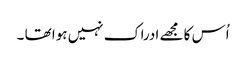
اُس کا مجھے ادراک نہیں ہوا تھا ۔